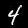
Label: 4